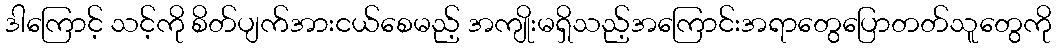
ဒါကြောင့် သင့်ကို စိတ်ပျက်အားငယ်စေမည့် အကျိုးမရှိသည့်အကြောင်းအရာတွေပြောတတ်သူတွေကို